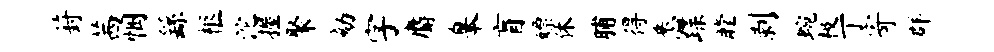
葑茜悃繇柩沱握聚劾字麝皋盲嫖休脯得悉蹀瞠剥蜿极丁寄群